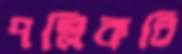
পল্লিকবি